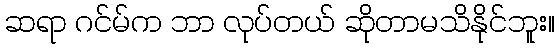
ဆရာ ဂင်မ်က ဘာ လုပ်တယ် ဆိုတာမသိနိုင်ဘူး။